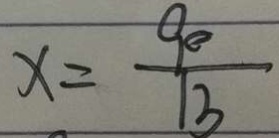
x = \frac { 9 0 } { 1 3 }